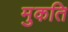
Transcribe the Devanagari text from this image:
मुकति